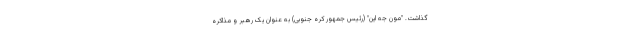
گذاشت. "مون جه این" (رئیس جمهور کره جنوبی) به عنوان یک رهبر و مذاکره